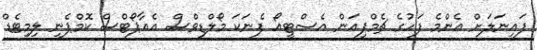
ފައިނަލަށް އެންމެ ފަހުގެ ޗެމްޕިއަން އެސްޓީއޯ ފެނަކަ މޯލްޑިވްސް އެއާޕޯޓްސް ކޮމްޕެނީ ލިމިޓެޑް